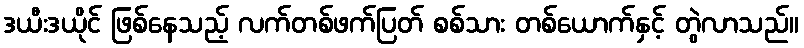
ဒယီးဒယိုင် ဖြစ်နေသည့် လက်တစ်ဖက်ပြတ် စစ်သား တစ်ယောက်နှင့် တွဲလာသည်။